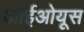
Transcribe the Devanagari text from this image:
आईओयूस